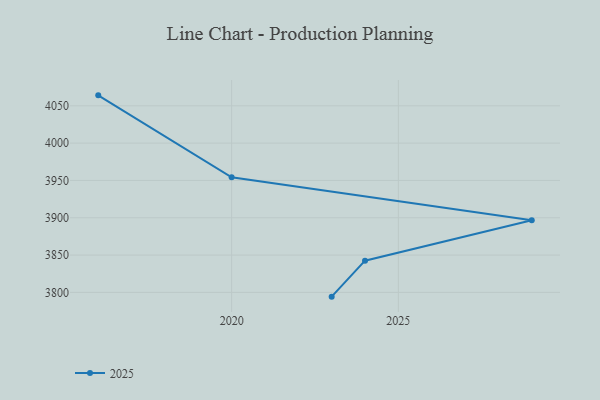
{"axis": {"x": "Year", "y": "Bounce Rate (%)"}, "legend": ["2025"], "data": [{"x": "2023", "y": 3794.3, "type": "2025"}, {"x": "2024", "y": 3842.5, "type": "2025"}, {"x": "2029", "y": 3896.6, "type": "2025"}, {"x": "2020", "y": 3954.2, "type": "2025"}, {"x": "2016", "y": 4064.0, "type": "2025"}]}